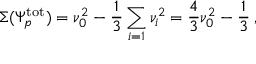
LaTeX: \Sigma ( \Psi _ { p } ^ { \mathrm { t o t } } ) = \nu _ { 0 } ^ { 2 } - \frac { 1 } { 3 } \sum _ { i = 1 } \nu _ { i } ^ { 2 } = \frac { 4 } { 3 } \nu _ { 0 } ^ { 2 } - \frac { 1 } { 3 } \: ,